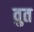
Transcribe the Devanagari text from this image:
वुत